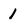
Character: 1